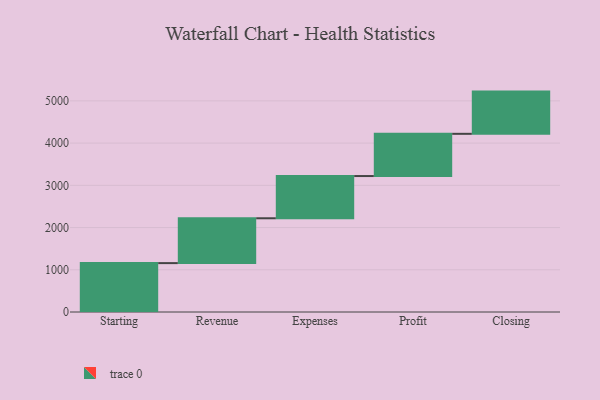
{"axis": {"x": "Step", "y": "Value"}, "legend": [""], "data": [{"x": "Starting", "y": 1158.0, "type": ""}, {"x": "Revenue", "y": 1062.0, "type": ""}, {"x": "Expenses", "y": 1000, "type": ""}, {"x": "Profit", "y": 1000, "type": ""}, {"x": "Closing", "y": 1000, "type": ""}]}